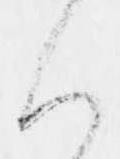
く